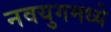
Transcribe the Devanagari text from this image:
नवयुगमध्ये